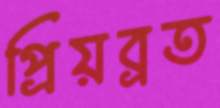
প্রিয়ব্রত